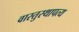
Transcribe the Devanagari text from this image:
वास्तुस्थापत्य